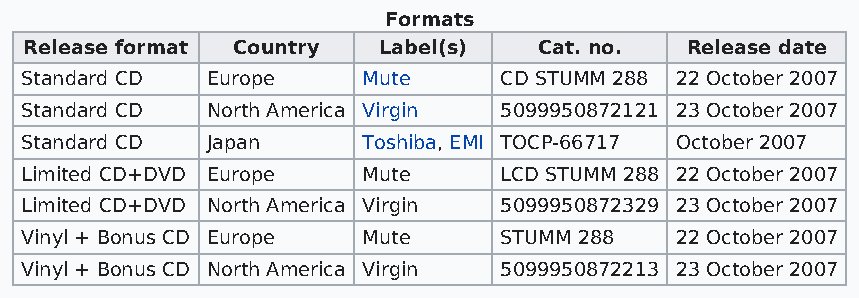
Formats
 Release format Country Label(s)   Cat. no. Release date
 Standard CD  Europe    Mute     CD STUMM 288 22 October 2007
 Standard CD  North America Virgin 5099950872121 23 October 2007
 Standard CD  Japan     Toshiba, EMI TOCP-66717 October 2007
 Limited CD+DVD Europe  Mute     LCD STUMM 288 22 October 2007
 Limited CD+DVD North America Virgin 5099950872329 23 October 2007
 Vinyl + Bonus CD Europe Mute    STUMM 288   22 October 2007
 Vinyl + Bonus CD North America Virgin 5099950872213 23 October 2007